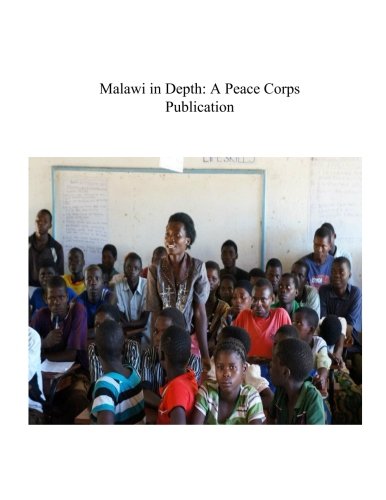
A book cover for Malawi in Depth: A Peace Corps Publication; Peace Corps; Travel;